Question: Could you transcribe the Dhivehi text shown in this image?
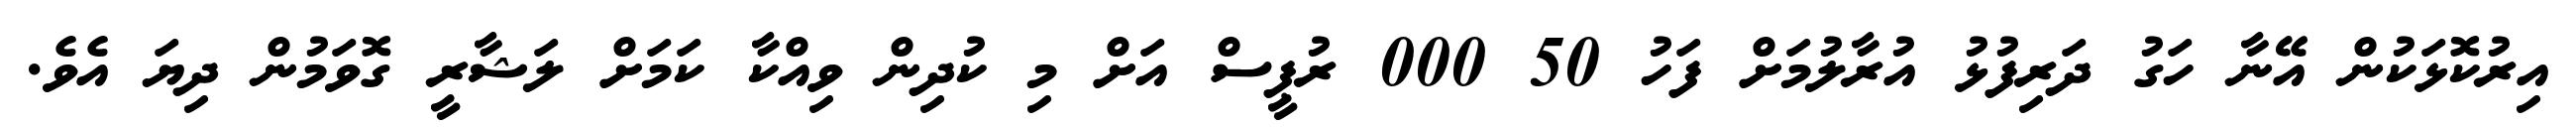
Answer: އިރުކޮޅަކުން އޭނާ ހަގު ދަރިފުޅު އުރާލުމަށް ފަހު 50 000 ރުޕީސް އަށް މި ކުދިން ވިއްކާ ކަމަށް ލަޝާރީ ގޮވަމުން ދިޔަ އެވެ.